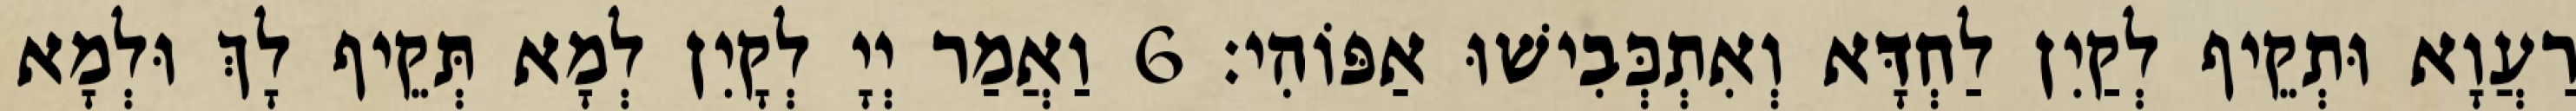
רַעֲוָא וּתְקֵיף לְקַיִן לַחְדָּא וְאִתְכְּבִישׁוּ אַפּוֹהִי׃ 6 וַאֲמַר יְיָ לְקָיִן לְמָא תְּקֵיף לָךְ וּלְמָא